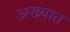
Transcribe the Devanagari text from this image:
अख्यात